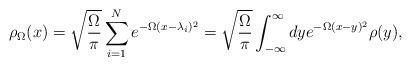
LaTeX: \begin{align*}\rho_\Omega (x)=\sqrt{\frac{\Omega}{\pi}} \sum_{i=1}^N e^{-\Omega(x-\lambda_i)^2}=\sqrt{\frac{\Omega}{\pi}}\int_{-\infty}^{\infty} dy e^{-\Omega(x-y)^2} \rho(y),\end{align*}